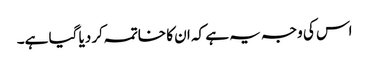
اس کی وجہ یہ ہے کہ ان کا خاتمہ کر دیا گیا ہے۔